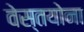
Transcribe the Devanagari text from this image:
वेस्तयोना